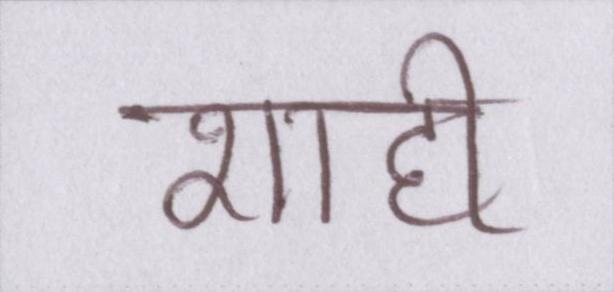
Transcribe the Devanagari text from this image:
शाही